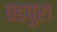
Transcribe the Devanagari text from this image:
बडपुरा